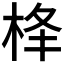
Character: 𪲋